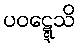
ပဝဋ္ဋေသိ